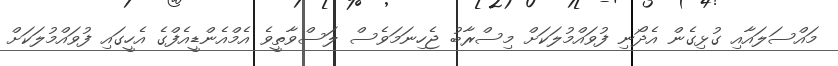
މައްސަލައާއި ގުޅިގެން އެދޯނި ފުވައްމުލަކަށް މިސްރާބު ޖެހިނަމަވެސް ލަސްވާތީވެ އެމްއެންޑީއެފްގެ އެހީގައި ފުވައްމުލަކަށް